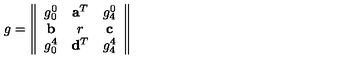
g = \left\| \begin{array} { c c c } { g _ { 0 } ^ { 0 } } & { { \bf a } ^ { T } } & { g _ { 4 } ^ { 0 } } \\ { { \bf b } } & { r } & { { \bf c } } \\ { g _ { 0 } ^ { 4 } } & { { \bf d } ^ { T } } & { g _ { 4 } ^ { 4 } } \\ \end{array} \right\| \